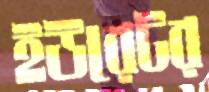
ইউরেটর